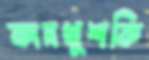
কানখুশকি